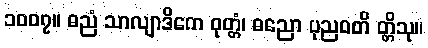
၁၀၀၇။ ဓညံ သာလျာဒိကေ ဝုတ္တံ၊ ဓညော ပုညဝတိ တ္တိသု။